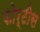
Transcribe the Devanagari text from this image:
फोर्टीस